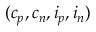
( c _ { p } , c _ { n } , i _ { p } , i _ { n } )